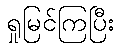
ရှုမြင်ကြပြီး